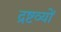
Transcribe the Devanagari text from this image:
द्रष्टव्यों